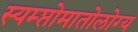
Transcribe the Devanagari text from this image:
स्यम्प्तोमातोलोग्य